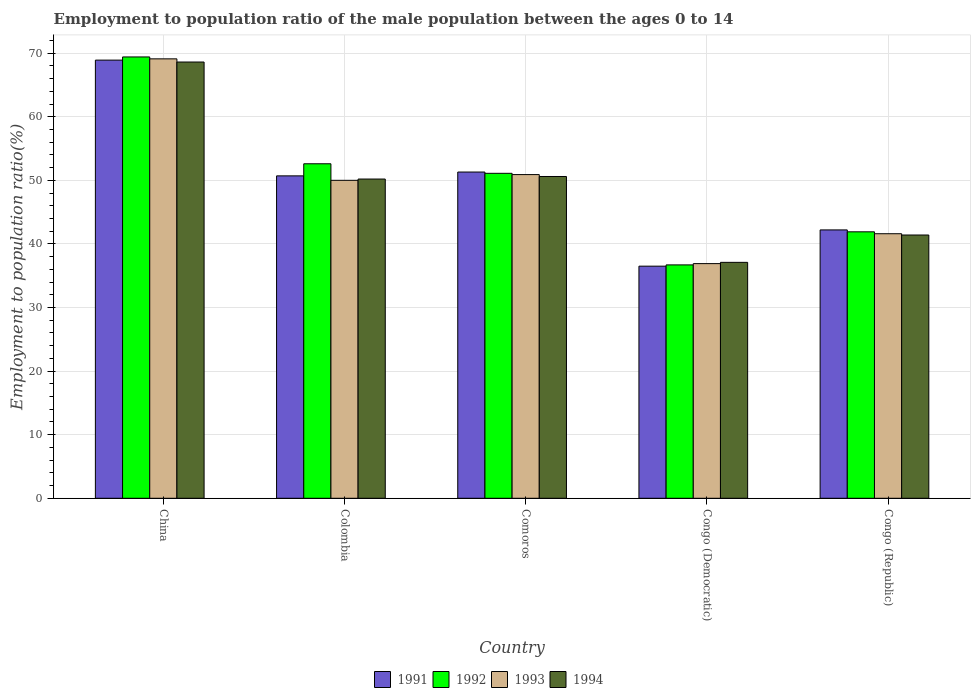
| Country | 1991 | 1992 | 1993 | 1994 |
 | --- | --- | --- | --- | --- |
 | China | 68.9 | 69.4 | 69.1 | 68.6 |
 | Colombia | 50.7 | 52.6 | 50 | 50.2 |
 | Comoros | 51.3 | 51.1 | 50.9 | 50.6 |
 | Congo (Democratic) | 36.5 | 36.7 | 36.9 | 37.1 |
 | Congo (Republic) | 42.2 | 41.9 | 41.6 | 41.4 |